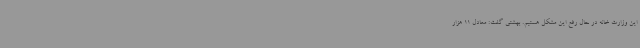
این وزارت خانه در حال رفع این مشکل هستیم. بهشتی گفت: معادل 11 هزار